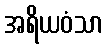
အရိယဝံသာ